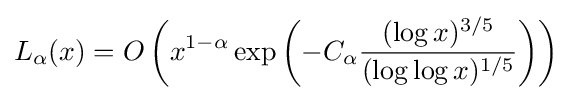
L_{\alpha }(x)=O\left(x^{1-\alpha }\exp \left(-C_{\alpha }{\frac {(\log x)^{3/5}}{(\log \log x)^{1/5}}}\right)\right)